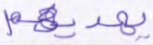
يهديهم